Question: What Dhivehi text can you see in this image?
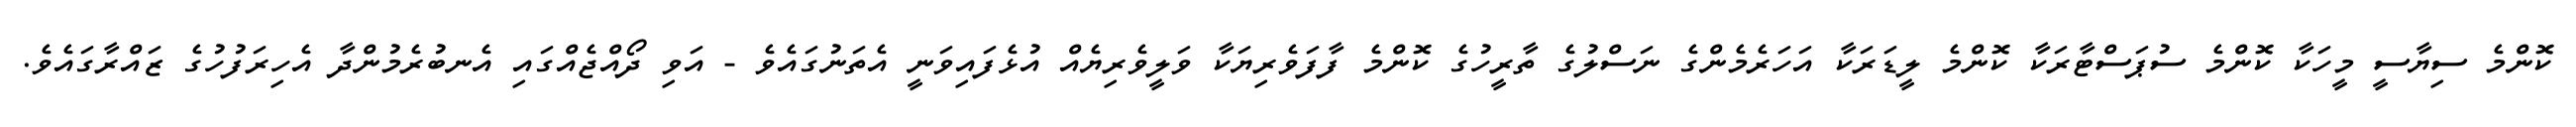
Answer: ކޮންމެ ސިޔާސީ މީހަކާ ކޮންމެ ސުޕަސްޓާރަކާ ކޮންމެ ލީޑަރަކާ އަހަރެމެންގެ ނަސްލުގެ ތާރީހުގެ ކޮންމެ ފާފަވެރިޔަކާ ވަލީވެރިޔެއް އުޅެފައިވަނީ އެތަނުގައެވެ - އަވި ދޯއްޖެއްގައި އެނބުރެމުންދާ އެހިރަފުހުގެ ޒައްރާގައެވެ.